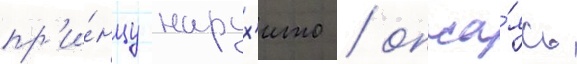
пр'и́нцу нарух'ито / опаса́ясь